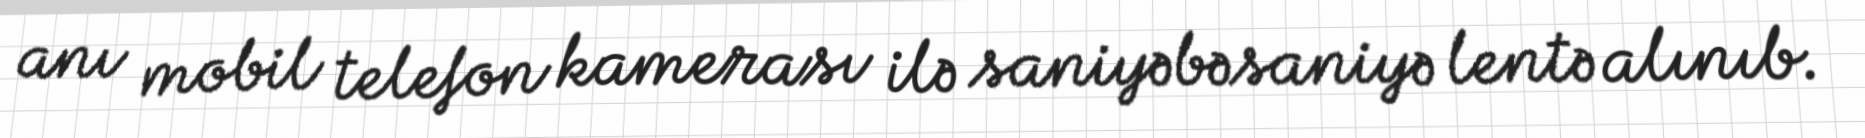
anı mobil telefon kamerası ilə saniyəbəsaniyə lentə alınıb.